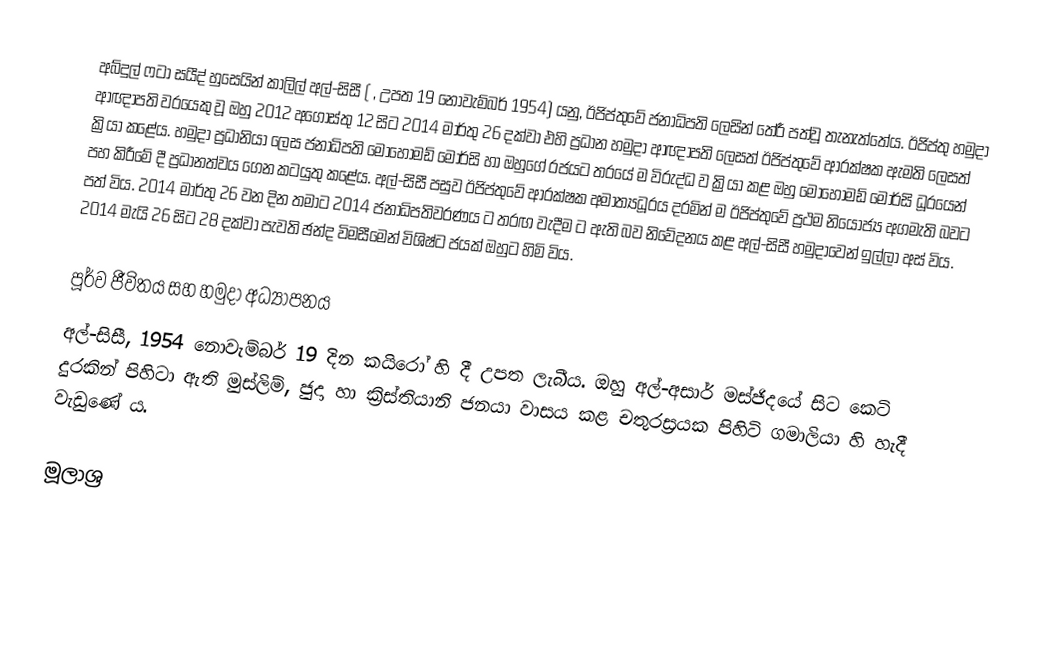
අබ්දුල් ෆටා සයීද් හුසෙයින් කාලිල් අල්-සිසී ( , උපත 19 නොවැම්බර් 1954) යනු, ඊජිප්තුවේ ජනාධිපති ලෙසින් තේරී පත්වූ තැනැත්තේය. ඊජිප්තු හමුදා ආඥාපති වරයෙකු වූ ඔහු 2012 අගෝස්තු 12 සිට 2014 මාර්තු 26 දක්වා එහි ප්‍රධාන හමුදා ආඥාපති ලෙසත් ඊජිප්තුවේ ආරක්ෂක ඇමති ලෙසත් ක්‍රියා කළේය. හමුදා ප්‍රධානියා ලෙස ජනාධිපති මොහොමඩ් මොර්සි හා ඔහුගේ රජයට තරයේ ම විරුද්ධ ව ක්‍රියා කළ ඔහු මොහොමඩ් මොර්සි ධූරයෙන් පහ කිරීමේ දී ප්‍රධානත්වය ගෙන කටයුතු කළේය. අල්-සිසී පසුව ඊජිප්තුවේ ආරක්ෂක අමාත්‍යධූරය දරමින් ම ඊජිප්තුවේ ප්‍රථම නියෝජ්‍ය අගමැති බවට පත් විය. 2014 මාර්තු 26 වන දින තමාට 2014 ජනාධිපතිවරණය ට තරඟ වැදීම ට ඇති බව නිවේදනය කළ අල්-සිසී හමුදාවෙන් ඉල්ලා අස් විය. 2014 මැයි 26 සිට 28 දක්වා පැවති ඡන්ද විමසීමෙන් විශිෂ්ට ජයක් ඔහුට හිමි විය.

පූර්ව ජීවිතය සහ හමුදා අධ්‍යාපනය
අල්-සිසී, 1954 නොවැම්බර් 19 දින කයිරෝ හි දී උපත ලැබීය. ඔහු අල්-අසාර් මස්ජිදයේ සිට කෙටි දුරකින් පිහිටා ඇති මුස්ලිම්, ජුදා හා ක්‍රිස්තියානි ජනයා වාසය කළ චතුරස්‍රයක පිහිටි ගමාලියා හි හැදී වැඩුණේ ය.

මූලාශ්‍ර